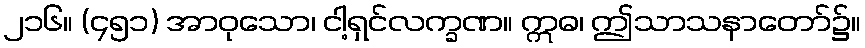
၂၁၆။ (၄၅၁) အာဝုသော၊ ငါ့ရှင်လက္ခဏ။ ဣဓ၊ ဤသာသနာတော်၌။